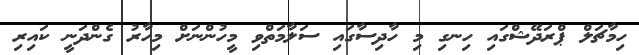
ހިމާޗަލް ޕްރަދޭޝްގައި ހިނގި މި ހާދިސާގައި ސަލާމަތްވި މީހުންނަށް މިހާރު ގެންދަނީ ކައިރި